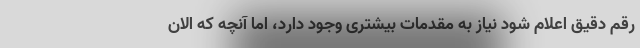
رقم دقیق اعلام شود نیاز به مقدمات بیشتری وجود دارد، اما آنچه که الان